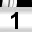
Digit: 1